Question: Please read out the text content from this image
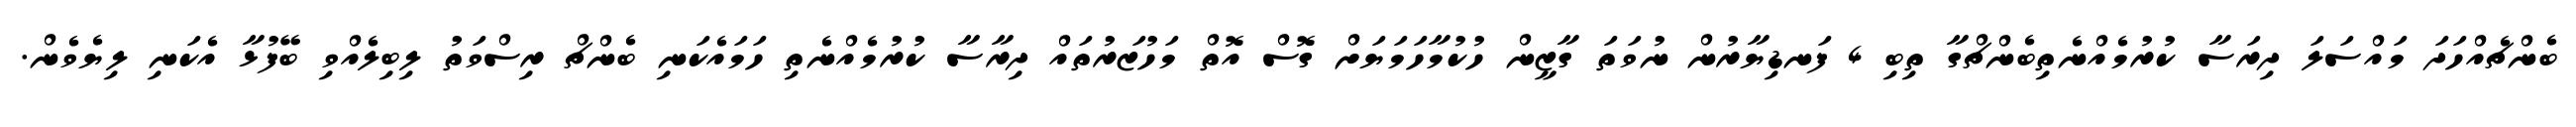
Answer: ބެންޗެއްހަދަ މައްސަލަ ދިރަސާ ކުރުމެއްނެތިބެންޗްގާ ތިބި 4 ފަނޑިޔާރުން ނުވަތަ ގާޒީން ހުކުމާހަމަޔަށް ގޮސް އޮތް މަހުޒަރުތައް ދިރާސާ ކުރުމެއްނެތި ހަމައެކަނި ބެންޗް ރިސްވަތު ލިބިލެއްވި ބޭފުޅާ އެކަނި ލިޔެވެން.